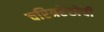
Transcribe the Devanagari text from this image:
चरित्ररेखेची